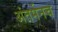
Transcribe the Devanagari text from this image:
अंतर्मनच